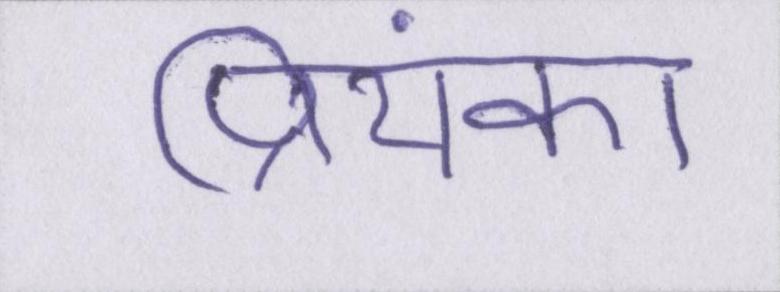
प्रियंका